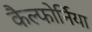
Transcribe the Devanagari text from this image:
कैल्फोर्निया